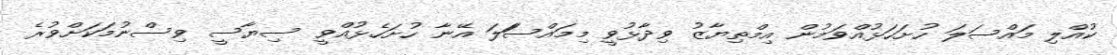
ކުއްލި މައްސަލަ ހުށަހަޅުއްވަމުން އިމްތިޔާޒު ވިދާޅުވީ މިމައްސަަލަ އޭނާ ހުށަހެޅުއްވީ ސިޔާސީ ވިސްނުމަކަށްވުރެ